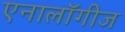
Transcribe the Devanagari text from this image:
एनालॉगीज